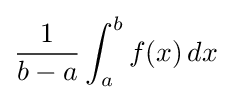
{\frac {1}{b-a}}\int _{a}^{b}f(x)\,dx